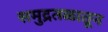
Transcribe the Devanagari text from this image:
समुद्रतळातून